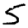
Digit: 5